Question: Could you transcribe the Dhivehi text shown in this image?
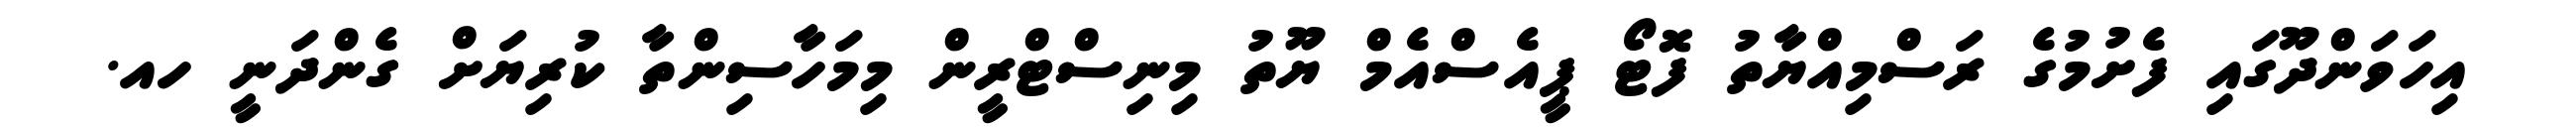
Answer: އިހަވަންދޫގައި ފެށުމުގެ ރަސްމިއްޔާތު ފޮޓޯ ޕީއެސްއެމް ޔޫތު މިނިސްޓްރީން މިމަހާސިންތާ ކުރިޔަށް ގެންދަނީ ހއ.